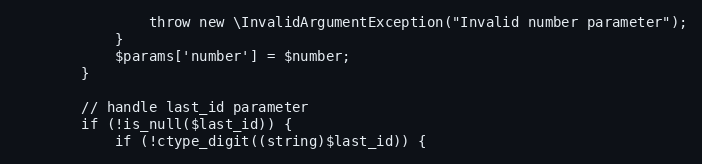
Language: PHP
                throw new \InvalidArgumentException("Invalid number parameter");
            }
            $params['number'] = $number;
        }

        // handle last_id parameter
        if (!is_null($last_id)) {
            if (!ctype_digit((string)$last_id)) {